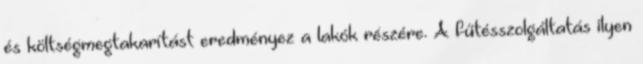
és költségmegtakarítást eredményez a lakók részére. A fűtésszolgáltatás ilyen